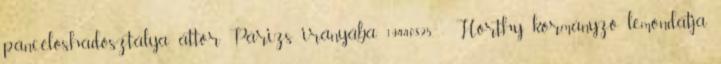
páncéloshadosztálya áttör Párizs irányába. 1944.08.25. - Horthy kormányzó lemondatja